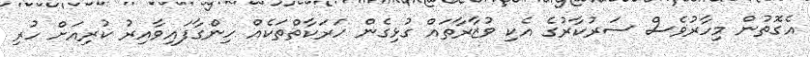
އެގޮތުން މިހާރުވެސް ސަރުކާރުގެ އެކި ވުޒާރާތައް ގުޅިގެން ހަރަކާތްތަކެއް ހިންގާފައިވާއިރު ކުރިއަށް ހުރި